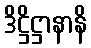
ဒိဋ္ဌိဋ္ဌာနာနိ